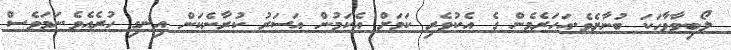
ލޯބިވާވާހަކަ ބުނާށެވެ.އަހަރެމެން ގެ އެކުވެރި ކަމަށް އެކަމުން އަސަރު ކުރާނެކަން އިނގި ހުރެއެވެ.ނަމަވެސް